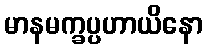
မာနမက္ခပ္ပဟာယိနော